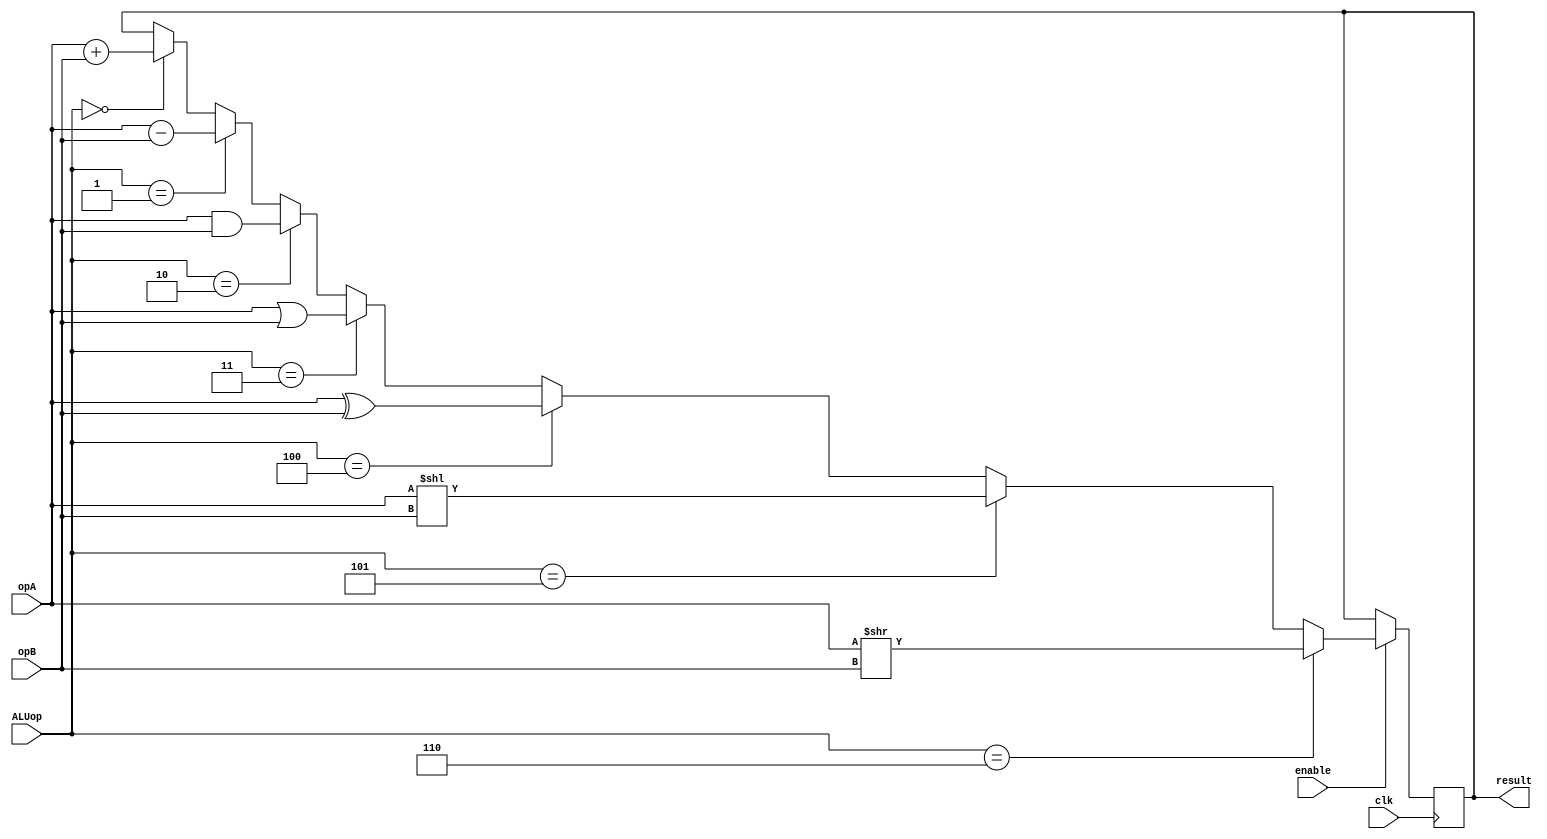
module ALU (input clk, input enable, input [31:0] opA, input [31:0] opB, input [3:0] ALUop, output  reg [31:0] result);
//0000 0 add
//0001 1 sub
//0010 2 and
//0011 3 or
//0100 4 xor
//0101 5 sll
//0110 6 srl

always @(negedge clk) begin

	if(enable) begin
		if(ALUop == 4'b0000) begin
		result <= opA + opB;
		end
		
		if(ALUop == 4'b0001) begin
		result <= opA - opB;
		end
		
		if(ALUop == 4'b0010) begin
		result <= opA & opB;
		end
		
		if(ALUop == 4'b0011) begin
		result <= opA | opB;
		end
		
		if(ALUop == 4'b0100) begin
		result <= opA ^ opB;
		end
		
		if(ALUop == 4'b0101) begin
		result <= opA << opB;
		end
		
		if(ALUop == 4'b0110) begin
		result <= opA >> opB;
		end
	end

	
end
endmodule